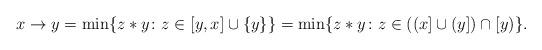
LaTeX: \begin{align*} x \to y = \min\{z*y\colon z \in [y,x] \cup \{y\}\} = \min\{z*y\colon z \in ((x] \cup (y]) \cap [y)\}.\end{align*}